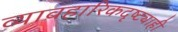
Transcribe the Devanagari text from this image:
व्यावहारिकदृष्ट्याही